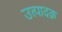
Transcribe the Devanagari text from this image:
उत्पादक़